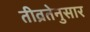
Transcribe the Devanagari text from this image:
तीव्रतेनुसार